Code of medical and sanitary regulations for the guidance of medical officers serving in the Madras Presidency - Volume I
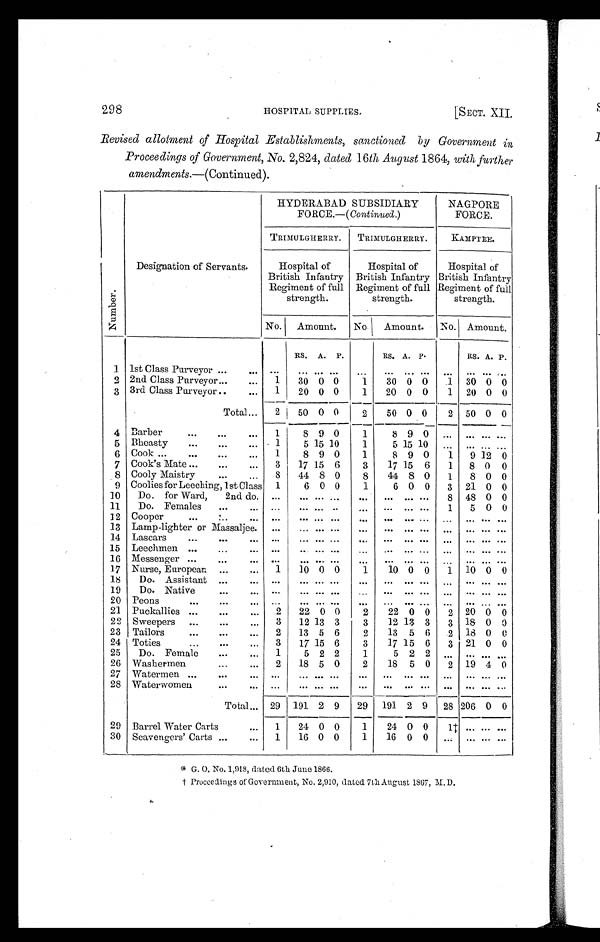
298
HOSPITAL SUPPLIES.
[SECT.
XII
.
Revised allotment of Hospital Establishments, sanctioned by Government in
Proceedings of Government, No. 2,824, dated 16th August 1864, with further
amendments.—(Continued).
N u m b e r .
Designation of Servants.
HYDERABAD SUBSIDIARY
FORCE.—( Continued. )
NAGPORE
FORCE.
TRIMULGHERRY. TRIMULGHERRY.
KAMPTEE.
Hospital of
British Infantry
Regiment of full
strength.
Hospital of
British Infantry
Regiment of full
strength.
Hospital of
British Infantry
Regiment of full
strength.
No. Amount.
No. Amount. No. Amount.
RS. A. P.
RS. A. P.
RS. A. P.
1 1st Class Purveyor ...
...
. . .
. . . ... ...
. . .
. . .
. . . . . .
. . .
. . . . . . . . .
2 2nd Class Purveyor ...
...
1
30 0 0
1
30 0 0
1 30 0 0
3 3rd Class Purveyor ..
. . .
1
20 0 0
1
20 0 0
1 20 0 0
Total ...
2
50 0 0
2
50 0 0
2 50 0 0
4 Barber
...
. . . . . . 1
8 9 0
1
8 9 0
. . .
. . . . . . . . .
5 Bheasty
...
...
..,
1
5 15 10
1
5 15 10
. . .
. . . . . . . . .
6 Cook ...
...
...
... 1
8 9 0
1
8 9 0
1 9 12 0
7 Cook's Mate ...
...
. . . 3
17 15 6
3
17 15 6
1 8 0 0
8 Cooly Maistry
...
. . . 8
44 8 0
8
44 8 0
1 8 0 0
9 Coolies for Leeching,1st Class 1
6 0 0
1
6 0 0
3 21 0 0
10 Do. for Ward, 2nd do. ...
. . .
. . .
...
. . .
. . . . . . . . . 8 48 0 0
11
Do. Females
...
. . . ...
. . . . . .
... ...
. . .
. . . . . . 1
5 0 0
12 Cooper
...
...
. . . ...
. . . . . .
...
. . .
. . .
. . . . . .
. . .
. . . . . . . . .
13 Lamp-lighter or Massaljee . ...
. . . . . .
...
. . .
. . .
. . . . . .
. . .
. . . . . . . . .
14 Lascars
...
...
. . . ...
... ... ...
. . .
. . .
. . . . . .
. . .
. . . . . . . . .
15 Leechmen ...
...
. . .
. . . . . . ... ...
. . .
. . .
. . . . . .
. . .
. . . . . . . . .
16 Messenger ...
...
. . . ...
. . . . . . ...
. . .
. . .
. . . . . .
...
. . . ... ...
17 Nurse, European ...
. . . 1
10 0 0
1
10 0 0
1 10 0 0
18
Do. Assistant ...
. . .
. . . ... ... ...
...
. . .
. . . . . . ...
. . . . . . ...
19
Do. Native
...
. . .
. . .
. . . . . . ...
. . .
. . .
. . . . . .
. . .
. . . . . . . . .
20 Peons
...
...
. . .
. . .
... ... ...
. . .
. . .
. . . . . .
. . .
. . . . . . . . .
21 Puckallies ...
...
... 2
22 0 0
2
22 0 0
2 20 0 0
22 Sweepers ...
...
...
3
12 13 3
3
12 13 3
3 18 0 0
23 Tailors
...
...
. . . 2
13 5 6
2
13 5 6
2 18 0 0
24 Toties
...
...
. . . 3
17 15 6
3
17 15 6
3 21 0 0
25
Do. Female
...
. . . 1
5 2 2
1
5 2 2
. . .
. . . . . . . . .
26 Washermen
...
...
2
18 5 0
2
18 5 0
2 19 4 0
27 Watermen ...
...
. . .
. . .
. . . . . . ...
. . .
. . .
. . . . . .
. . .
. . . . . . ...
28 Waterwomen
...
. . . ...
. . . . . . ...
. . .
. . . ... . . .
. . .
. . . . . . . . .
Total . . . 29 191 2 9
29 191 2 9 28 206 0 0
29 Barrel Water Carts
...
1
24 0 0
1
24 0 0
1 ‡
. . . . . . . . .
30 Scavengers' Carts ...
... 1
16 0 0
1
16 0 0
. . . ... ... ...
* G . O . N o . 1 , 9 1 8 , d a t e d 6 t h J u n e 1 8 6 6 .
† Pr oceedi ngs of Gover nment , No. 2, 910, dat ed 7t h August 1867, M. D.